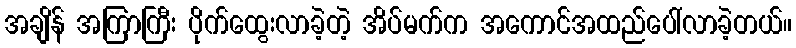
အချိန် အကြာကြီး ပိုက်ထွေးလာခဲ့တဲ့ အိပ်မက်က အကောင်အထည်ပေါ်လာခဲ့တယ်။